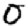
Digit: 0